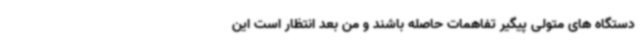
دستگاه های متولی پیگیر تفاهمات حاصله باشند و من بعد انتظار است این